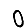
Digit: 0